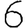
Digit: 6